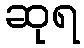
ဆုရ